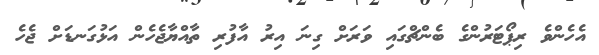
އެހެންވެ ރިޕޯޓަރުންގެ ބެންޗްގައި ވަރަށް ގިނަ އިރު އާފުރި ތާއްޔާޖެހެން އަޅުގަނޑަށް ޖެހެ